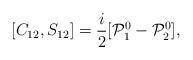
LaTeX: \begin{align*}[C_{12},S_{12}] = \frac{i}{2}[{\cal P}^0_1 - {\cal P}^0_2],\end{align*}